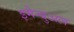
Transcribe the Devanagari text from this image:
इमैन्युअल